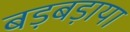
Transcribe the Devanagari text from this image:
बड़बड़ाया